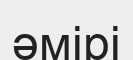
әмірі